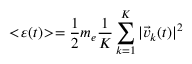
< \! \varepsilon ( t ) \! > = \frac { 1 } { 2 } m _ { e } \frac { 1 } { K } \sum _ { k = 1 } ^ { K } | \vec { v } _ { k } ( t ) | ^ { 2 }